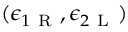
( \epsilon _ { 1 \mathrm { ~ R ~ } } , \epsilon _ { 2 \mathrm { ~ L ~ } } )